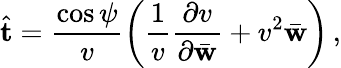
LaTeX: \hat{\mathbf t}=\frac{\cos\psi}{v}\left(\frac{1}{v}\frac{\partial v}{\partial\bar{\mathbf w}}+v^{2}\bar{\mathbf w}\right)\, ,